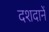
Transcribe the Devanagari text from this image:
दशदानें